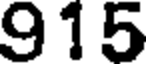
915